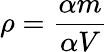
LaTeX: \rho={\frac{\alpha m}{\alpha V}}